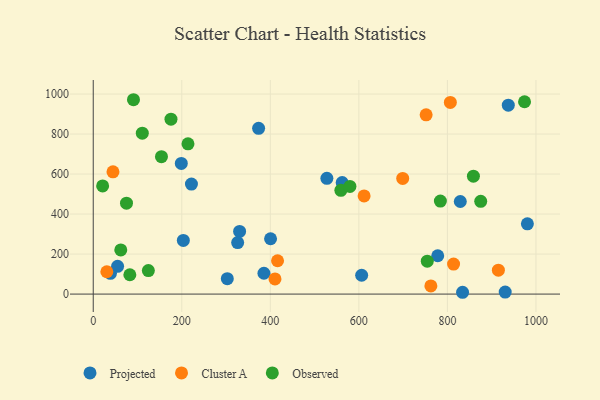
{"axis": {"x": "Experience", "y": "Demand"}, "legend": ["Cluster A", "Observed", "Projected"], "data": [{"x": "980.6", "y": 351.4, "type": "Projected"}, {"x": "373.5", "y": 828.7, "type": "Projected"}, {"x": "527.7", "y": 578.8, "type": "Projected"}, {"x": "221.8", "y": 550.1, "type": "Projected"}, {"x": "606.3", "y": 94.2, "type": "Projected"}, {"x": "562.3", "y": 557.4, "type": "Projected"}, {"x": "937.5", "y": 944.4, "type": "Projected"}, {"x": "302.8", "y": 77.2, "type": "Projected"}, {"x": "198.9", "y": 653.3, "type": "Projected"}, {"x": "400.5", "y": 276.5, "type": "Projected"}, {"x": "55.0", "y": 138.6, "type": "Projected"}, {"x": "930.5", "y": 10.0, "type": "Projected"}, {"x": "834.2", "y": 9.0, "type": "Projected"}, {"x": "385.6", "y": 104.0, "type": "Projected"}, {"x": "330.6", "y": 313.3, "type": "Projected"}, {"x": "203.5", "y": 268.2, "type": "Projected"}, {"x": "38.9", "y": 103.7, "type": "Projected"}, {"x": "326.2", "y": 257.3, "type": "Projected"}, {"x": "778.1", "y": 191.6, "type": "Projected"}, {"x": "829.1", "y": 462.8, "type": "Projected"}, {"x": "416.3", "y": 166.5, "type": "Cluster A"}, {"x": "410.5", "y": 75.5, "type": "Cluster A"}, {"x": "44.6", "y": 611.3, "type": "Cluster A"}, {"x": "762.6", "y": 40.7, "type": "Cluster A"}, {"x": "813.9", "y": 150.1, "type": "Cluster A"}, {"x": "915.1", "y": 119.5, "type": "Cluster A"}, {"x": "611.8", "y": 490.6, "type": "Cluster A"}, {"x": "699.0", "y": 578.3, "type": "Cluster A"}, {"x": "806.6", "y": 958.1, "type": "Cluster A"}, {"x": "30.7", "y": 111.7, "type": "Cluster A"}, {"x": "751.9", "y": 896.2, "type": "Cluster A"}, {"x": "214.0", "y": 751.3, "type": "Observed"}, {"x": "974.2", "y": 961.6, "type": "Observed"}, {"x": "62.2", "y": 220.8, "type": "Observed"}, {"x": "90.9", "y": 971.6, "type": "Observed"}, {"x": "784.1", "y": 465.1, "type": "Observed"}, {"x": "154.1", "y": 686.9, "type": "Observed"}, {"x": "75.1", "y": 454.3, "type": "Observed"}, {"x": "175.6", "y": 874.6, "type": "Observed"}, {"x": "21.2", "y": 540.5, "type": "Observed"}, {"x": "559.3", "y": 518.7, "type": "Observed"}, {"x": "875.2", "y": 463.8, "type": "Observed"}, {"x": "110.8", "y": 804.6, "type": "Observed"}, {"x": "82.7", "y": 96.5, "type": "Observed"}, {"x": "754.5", "y": 164.7, "type": "Observed"}, {"x": "124.5", "y": 117.7, "type": "Observed"}, {"x": "858.7", "y": 589.4, "type": "Observed"}, {"x": "579.8", "y": 538.3, "type": "Observed"}]}